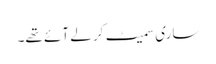
ساری سمیٹ کر لے آئے تھے۔